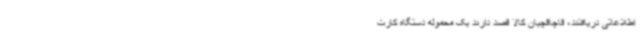
اطلاعاتی دریافتند، قاچاقچیان کالا قصد دارند یک محموله دستگاه کارت